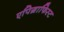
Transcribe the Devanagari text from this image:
एपिग्राफिस्ट